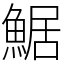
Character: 䱟